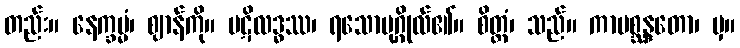
တည်း။ နေက္ခမ္မံ၊ ဈာန်ကို။ ပဋိလဒ္ဓဿ၊ ရသောပုဂ္ဂိုလ်၏။ စိတ္တံ၊ သည်။ ကာမစ္ဆန္ဒတော၊ မှ။